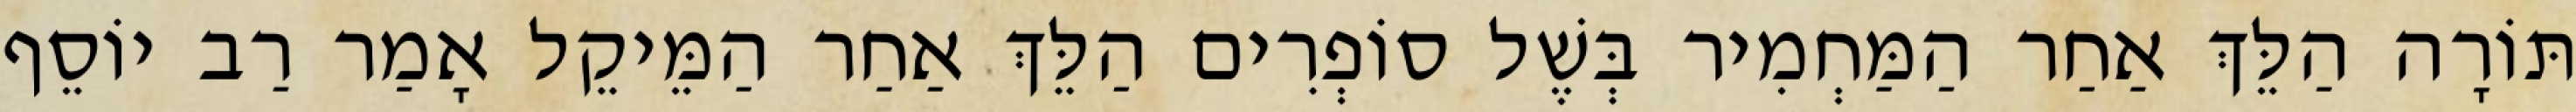
תּוֹרָה הַלֵּךְ אַחַר הַמַּחְמִיר בְּשֶׁל סוֹפְרִים הַלֵּךְ אַחַר הַמֵּיקֵל אָמַר רַב יוֹסֵף